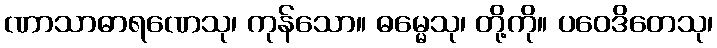
ဏာသာဓာရဏေသု၊ ကုန်သော။ ဓမ္မေသု၊ တို့ကို။ ပဝေဒိတေသု၊